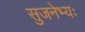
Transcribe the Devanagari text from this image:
सुजनेभ्यः